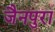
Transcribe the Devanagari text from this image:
जैनपुरा